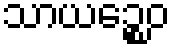
သာယဉ္စေဝ